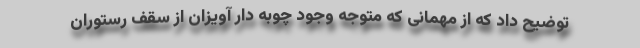
توضیح داد که از مهمانی که متوجه وجود چوبه دار آویزان از سقف رستوران